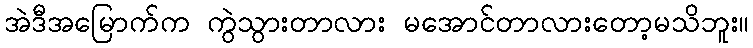
အဲဒီအမြောက်က ကွဲသွားတာလား မအောင်တာလားတော့မသိဘူး။